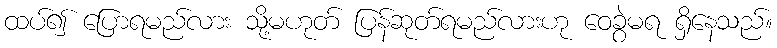
ထပ်၍ ပြောရမည်လား သို့မဟုတ် ပြန်ဆုတ်ရမည်လားဟု ဝေခွဲမရ ရှိနေသည်။